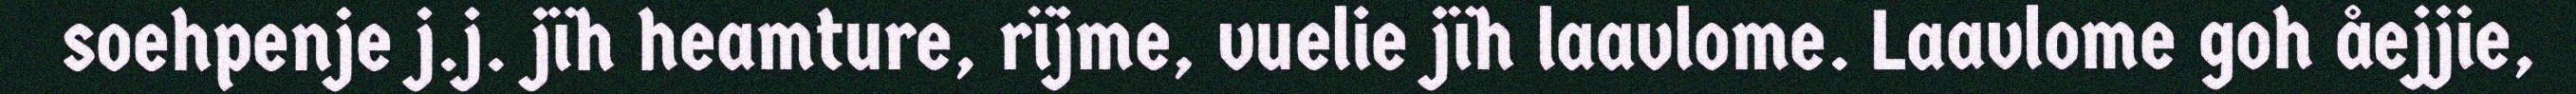
soehpenje j.j. jïh heamture, rïjme, vuelie jïh laavlome. Laavlome goh åejjie,